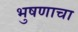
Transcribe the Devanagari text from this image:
भुषणाचा